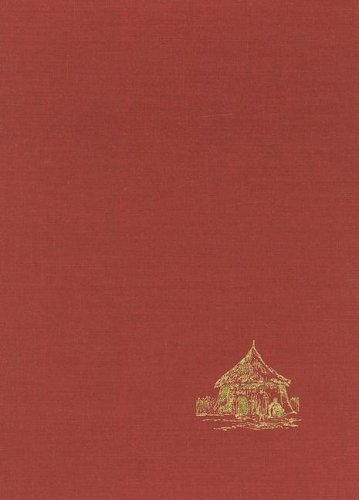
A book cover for Travels in the Interior of Africa to the Sources of the Senegal and Gambia: Performed by Command of the French Government in the Year 1818 (1820) ... of African Studies. Travels and Narratives,); G. Mollien; Travel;